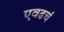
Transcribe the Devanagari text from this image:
एवढचं